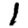
Digit: 1